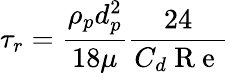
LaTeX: \tau_{r}=\frac{\rho_{p}d_{p}^{2}}{18\mu}\frac{24}{C_{d}\mathrm{~R~e~}}